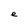
Character: e